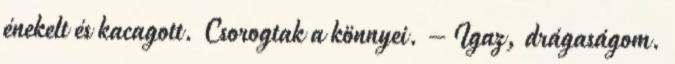
énekelt és kacagott. Csorogtak a könnyei. – Igaz, drágaságom.